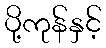
ပို့ကုန်နှင့်